Indian journal of veterinary science and animal husbandry - Volume 11,
Year: 1941
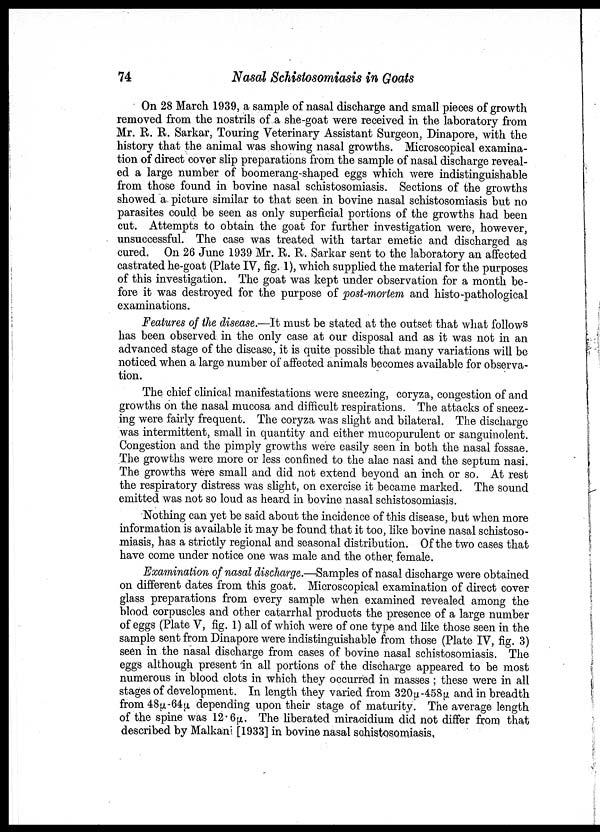
74
Nasal Schistosomiasis in Goats
On 28 March 1939, a sample of nasal discharge and small pieces of growth
removed from the nostrils of a she-goat were received in the laboratory from
Mr. R. R. Sarkar, Touring Veterinary Assistant Surgeon, Dinapore, with the
history that the animal was showing nasal growths. Microscopical examina-
tion of direct cover slip preparations from the sample of nasal discharge reveal-
ed a large number of boomerang-shaped eggs which were indistinguishable
from those found in bovine nasal schistosomiasis. Sections of the growths
showed a. picture similar to that seen in bovine nasal schistosomiasis but no
parasites could be seen as only superficial portions of the growths had been
cut. Attempts to obtain the goat for further investigation were, however,
unsuccessful. The case was treated with tartar emetic and discharged as
cured. On 26 June 1939 Mr. R. R. Sarkar sent to the laboratory an affected
castrated he-goat (Plate IV, fig. 1), which supplied the material for the purposes
of this investigation. The goat was kept under observation for a month be-
fore it was destroyed for the purpose of post-mortem and histo-pathological
examinations.
Features of the disease. —It must be stated at the outset that what follows
has been observed in the only case at our disposal and as it was not in an
advanced stage of the disease, it is quite possible that many variations will be
noticed when a large number of affected animals becomes available for observa-
tion.
The chief clinical manifestations were sneezing, coryza, congestion of and
growths on the nasal mucosa and difficult respirations. The attacks of sneez-
ing were fairly frequent. The coryza was slight and bilateral. The discharge
was intermittent, small in quantity and either mucopurulent or sanguinolent.
Congestion and the pimply growths were easily seen in both the nasal fossae.
The growths were more or less confined to the alae nasi and the septum nasi.
The growths were small and did not extend beyond an inch or so. At rest
the respiratory distress was slight, on exercise it became marked. The sound
emitted was not so loud as heard in bovine nasal schistosomiasis.
Nothing can yet be said about the incidence of this disease, but when more
information is available it may be found that it too, like bovine nasal schistoso-
miasis, has a strictly regional and seasonal distribution. Of the two cases that
have come under notice one was male and the other female.
Examination of nasal discharge. —Samples of nasal discharge were obtained
on different dates from this goat. Microscopical examination of direct cover
glass preparations from every sample when examined revealed among the
blood corpuscles and other catarrhal products the presence of a large number
of eggs (Plate V, fig. 1) all of which were of one type and like those seen in the
sample sent from Dinapore were indistinguishable from those (Plate IV, fig. 3)
seen in the nasal discharge from cases of bovine nasal schistosomiasis. The
eggs although present in all portions of the discharge appeared to be most
numerous in blood clots in which they occurred in masses ; these were in all
stages of development. In length they varied from 320µ-458µ and in breadth
from 48µ-64µ depending upon their stage of maturity. The average length
of the spine was 12.6µ. The liberated miracidium did not differ from that
described by Malkani [1933] in bovine nasal schistosomiasis.